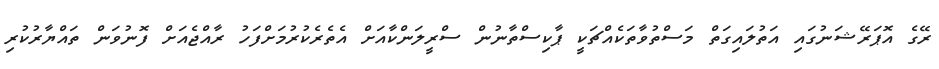
ރޭގެ އޮޕަރޭޝަނުގައި އަތުލައިގަތް މަސްތުވާތަކެއްޗަކީ ޕާކިސްތާނުން ސްރީލަންކާއަށް އެތެރެކުރުމަށްފަހު ރާއްޖެއަށް ފޮނުވަން ތައްޔާރުކުރި